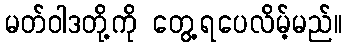
မတ်ဝါဒတို့ကို တွေ့ရပေလိမ့်မည်။